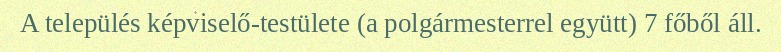
A település képviselő-testülete (a polgármesterrel együtt) 7 főből áll.